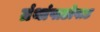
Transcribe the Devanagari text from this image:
ग्रंथांपाठोपाठ